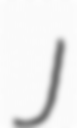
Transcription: J